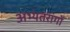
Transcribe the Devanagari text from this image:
अभ्यंतरांगों